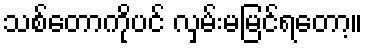
သစ်တောကိုပင် လှမ်းမမြင်ရတော့။